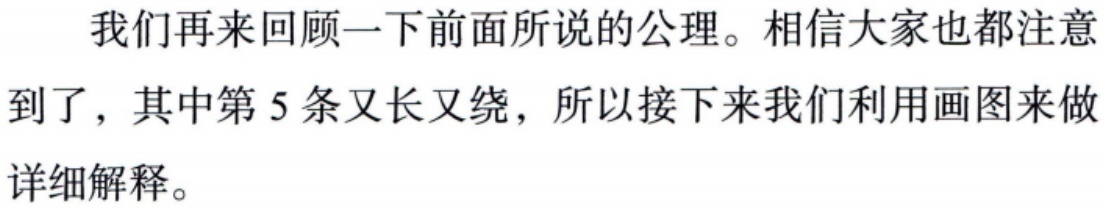
我们再来回顾一下前面所说的公理。相信大家也都注意到了，其中第 5 条又长又绕，所以接下来我们利用画图来做详细解释。